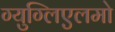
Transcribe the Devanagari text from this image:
ग्युग्लिएलमो